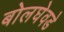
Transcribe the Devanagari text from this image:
बोलघेवडे